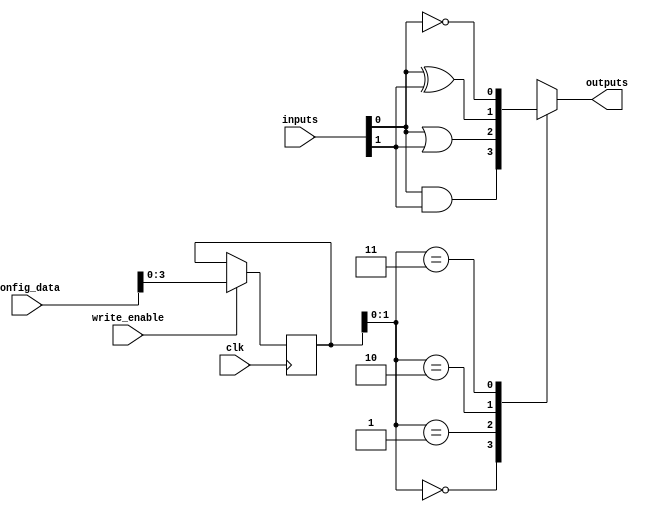
module CombinationalLogicBlock #(
    parameter NUM_INPUTS = 4,      // Number of inputs
    parameter NUM_OUTPUTS = 1,     // Number of outputs
    parameter SRAM_SIZE = 16        // Size of SRAM (number of configuration bits)
)(
    input wire [NUM_INPUTS-1:0] inputs,          // Input signals
    input wire [SRAM_SIZE-1:0] config_data,      // Configuration data for SRAM
    input wire write_enable,                       // Write enable signal for SRAM
    input wire clk,                               // Clock signal
    output reg [NUM_OUTPUTS-1:0] outputs         // Output signals
);

    // SRAM array to store configuration bits
    reg [NUM_INPUTS-1:0] sram [0:SRAM_SIZE-1];

    // Internal signal to hold the logic operation result
    wire [NUM_OUTPUTS-1:0] logic_result;

    // Write operation to SRAM
    always @(posedge clk) begin
        if (write_enable) begin
            sram[0] <= config_data[NUM_INPUTS-1:0]; // Example: write config to SRAM
        end
    end

    // Logic operation based on SRAM configuration
    generate
        genvar i;
        for (i = 0; i < NUM_OUTPUTS; i = i + 1) begin : logic_block
            always @(*) begin
                case (sram[0][i*2 +: 2]) // Assuming 2 bits per output configuration
                    2'b00: logic_result[i] = inputs[0] & inputs[1]; // AND
                    2'b01: logic_result[i] = inputs[0] | inputs[1]; // OR
                    2'b10: logic_result[i] = inputs[0] ^ inputs[1]; // XOR
                    2'b11: logic_result[i] = ~inputs[0];            // NOT
                    default: logic_result[i] = 1'b0;                // Default case
                endcase
            end
        end
    endgenerate

    // Assign the logic result to outputs
    always @(*) begin
        outputs = logic_result;
    end

endmodule